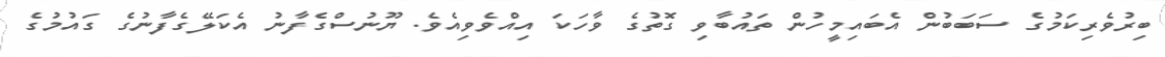
ބިރުވެރިކަމުގެ ސަބަބުން އެބައިމީހުން ތައުބާވި ގޮތުގެ ވާހަކަ އިއްވެވިއެވެ. ޔޫނުސްގެފާނު އެކަލޭގެފާނުގެ ގައުމުގެ